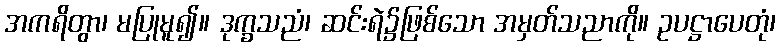
အကရိတွာ၊ မပြုမူ၍။ ဒုက္ခသညံ၊ ဆင်းရဲ၌ဖြစ်သော အမှတ်သညာကို။ ဥပဋ္ဌာပေတုံ၊